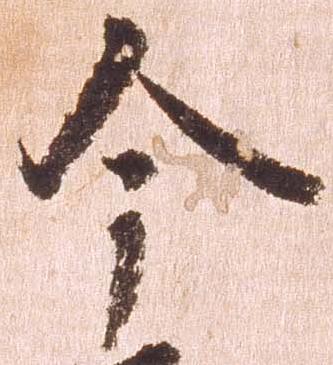
今